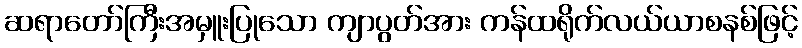
ဆရာတော်ကြီးအမှူးပြုသော ကျာပွတ်အား ကန်ထရိုက်လယ်ယာစနစ်ဖြင့်